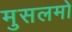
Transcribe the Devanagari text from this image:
मुसलमो